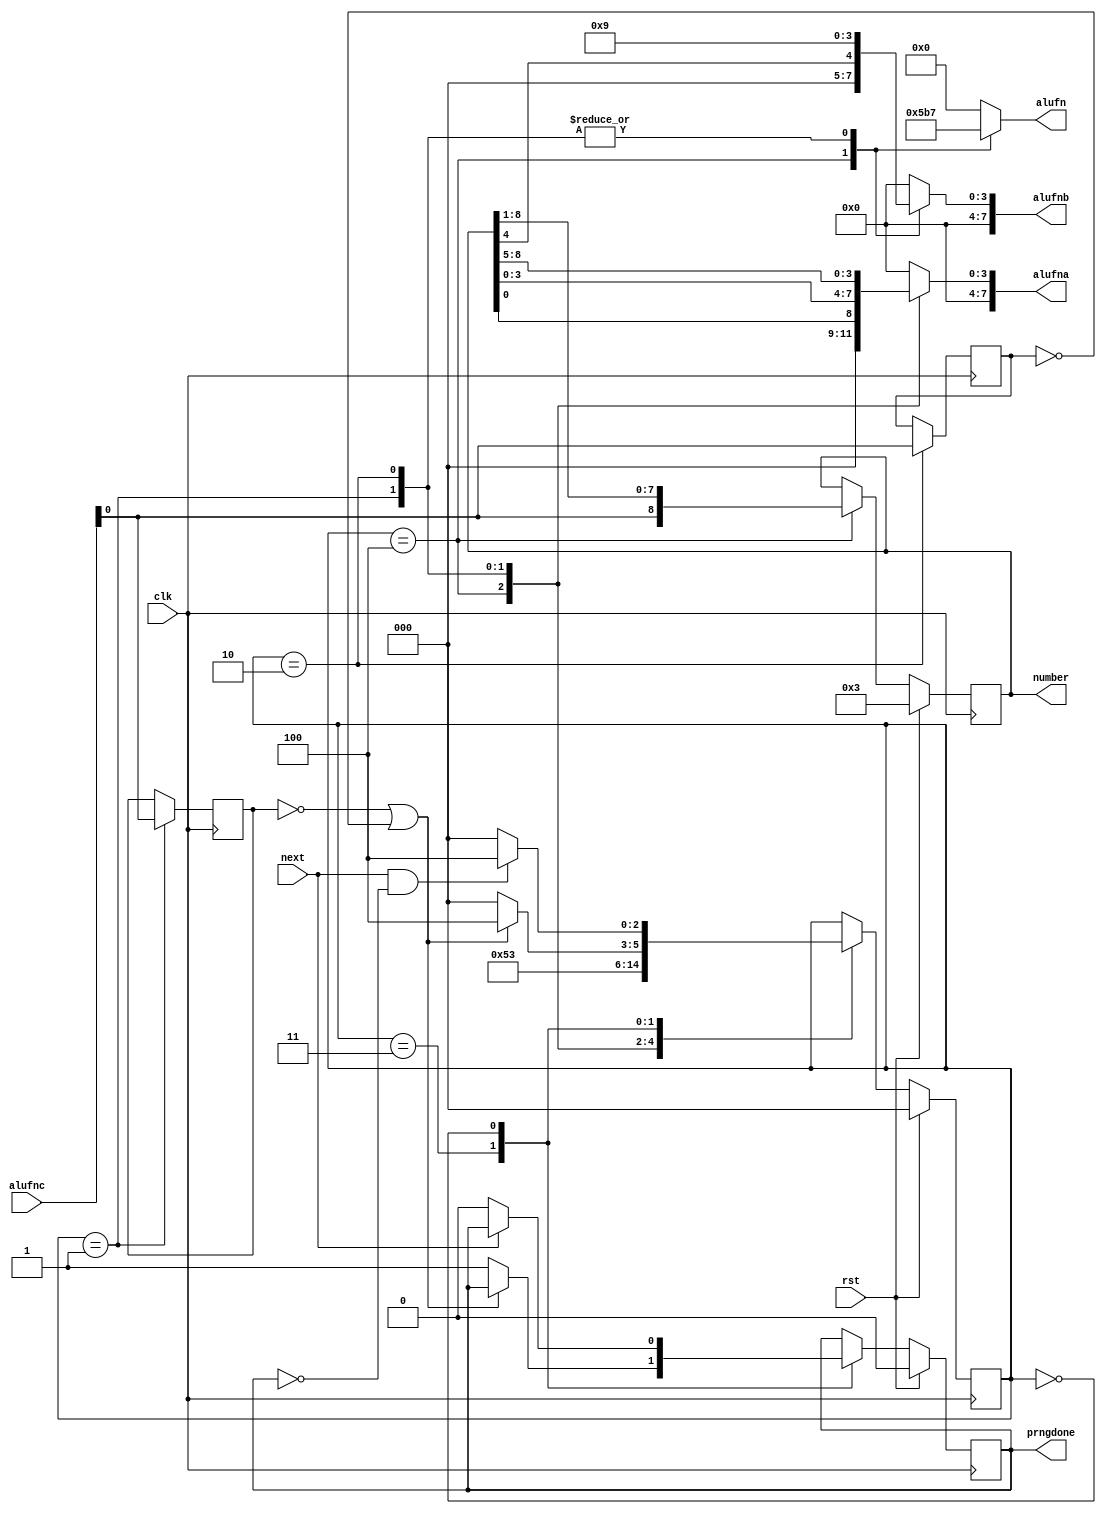
/*
   This file was generated automatically by the Mojo IDE version B1.3.6.
   Do not edit this file directly. Instead edit the original Lucid source.
   This is a temporary file and any changes made to it will be destroyed.
*/

/*
   Parameters:
     SEED = 9b000000011
*/
module prng_9 (
    input clk,
    input rst,
    input next,
    output reg [8:0] number,
    input [7:0] alufnc,
    output reg [5:0] alufn,
    output reg [7:0] alufna,
    output reg [7:0] alufnb,
    output reg prngdone
  );
  
  localparam SEED = 9'h003;
  
  
  reg [8:0] M_out_d, M_out_q = 1'h0;
  reg M_done_d, M_done_q = 1'h0;
  localparam WAIT_state = 3'd0;
  localparam CHECK1_state = 3'd1;
  localparam CHECK2_state = 3'd2;
  localparam C_state = 3'd3;
  localparam REROLL_state = 3'd4;
  
  reg [2:0] M_state_d, M_state_q = WAIT_state;
  reg M_reroll1_d, M_reroll1_q = 1'h0;
  reg M_reroll2_d, M_reroll2_q = 1'h0;
  
  reg temp;
  
  reg [8:0] temp_out;
  
  always @* begin
    M_state_d = M_state_q;
    M_done_d = M_done_q;
    M_reroll1_d = M_reroll1_q;
    M_reroll2_d = M_reroll2_q;
    M_out_d = M_out_q;
    
    alufn = 6'h00;
    alufna = 8'h00;
    alufnb = 8'h00;
    number = M_out_q;
    prngdone = M_done_q;
    
    case (M_state_q)
      REROLL_state: begin
        alufn = 6'h16;
        alufna = M_out_q[0+0-:1];
        alufnb = M_out_q[4+0-:1];
        temp = alufnc[0+0-:1];
        temp_out[0+7-:8] = M_out_q[1+7-:8];
        temp_out[8+0-:1] = temp;
        M_out_d = temp_out;
        M_state_d = CHECK1_state;
      end
      CHECK1_state: begin
        alufn = 6'h37;
        alufna = M_out_q[0+3-:4];
        alufnb = 4'h9;
        M_reroll1_d = alufnc[0+0-:1];
        M_state_d = CHECK2_state;
      end
      CHECK2_state: begin
        alufn = 6'h37;
        alufna = M_out_q[5+3-:4];
        alufnb = 4'h9;
        M_reroll2_d = alufnc[0+0-:1];
        M_state_d = C_state;
      end
      C_state: begin
        if (~M_reroll1_q || ~M_reroll2_q) begin
          M_state_d = REROLL_state;
        end else begin
          M_done_d = 1'h1;
          M_state_d = WAIT_state;
        end
      end
      WAIT_state: begin
        if (~next) begin
          M_done_d = 1'h0;
        end
        if (next & ~M_done_q) begin
          M_state_d = REROLL_state;
        end else begin
          M_state_d = WAIT_state;
        end
      end
      default: begin
        alufn = 6'h00;
        alufna = 8'h00;
        alufnb = 8'h00;
      end
    endcase
    if (rst) begin
      M_state_d = WAIT_state;
      M_out_d = 9'h003;
      M_done_d = 1'h0;
    end
  end
  
  always @(posedge clk) begin
    M_out_q <= M_out_d;
    M_done_q <= M_done_d;
    M_reroll1_q <= M_reroll1_d;
    M_reroll2_q <= M_reroll2_d;
    M_state_q <= M_state_d;
  end
  
endmodule